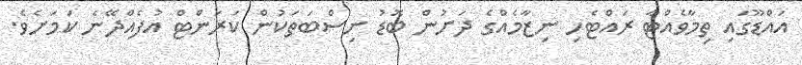
އައްޑޫގައި ތިމާވެއްޓާ ރައްޓެހި ނިޒާމެއްގެ ދަށުން ބޮޑު ނިސްބަތަކުން ކަރަންޓް އުފެެއްދޭނެ ކަމަށެވެ.